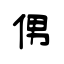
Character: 侽